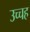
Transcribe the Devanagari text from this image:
उच्चह